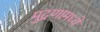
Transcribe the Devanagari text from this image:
मुद्रणामध्ये